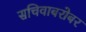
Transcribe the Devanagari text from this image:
सचिवाबरोबर